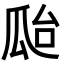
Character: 𤫳